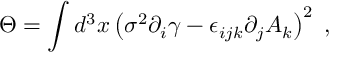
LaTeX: \Theta = \int d ^ { 3 } x \left( \sigma ^ { 2 } \partial _ { i } \gamma - \epsilon _ { i j k } \partial _ { j } A _ { k } \right) ^ { 2 } \; ,